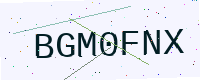
Text: BGM0FNX